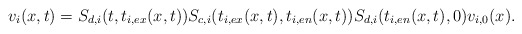
\begin{align*} v_i(x,t)=S_{d,i}(t,t_{i,ex}(x,t))S_{c,i}(t_{i,ex}(x,t),t_{i,en}(x,t))S_{d,i}(t_{i,en}(x,t),0)v_{i,0}(x).\end{align*}